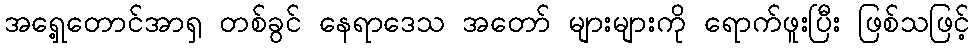
အရှေ့တောင်အာရှ တစ်ခွင် နေရာဒေသ အတော် များများကို ရောက်ဖူးပြီး ဖြစ်သဖြင့်